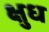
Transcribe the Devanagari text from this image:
क्षुध